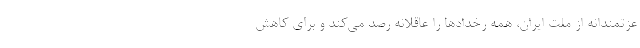
عزتمندانه از ملت ایران، همه رخدادها را عاقلانه رصد می‌کند و برای کاهش